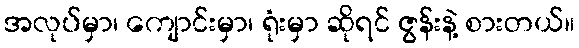
အလုပ်မှာ၊ ကျောင်းမှာ၊ ရုံးမှာ ဆိုရင် ဇွန်းနဲ့ စားတယ်။